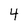
Character: 4